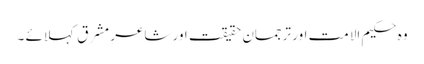
وہ حکیم الا مت اور ترجمانِ حقیقت اور شاعرِ مشرق کہلائے ۔